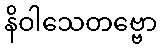
နိဝါသေတဗ္ဗော